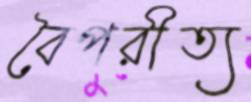
বৈপরীত্য